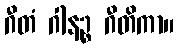
ဂီတံ ဂါနဉ္စ ဂီတိကာ။